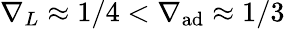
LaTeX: \nabla_{L}\approx 1/4<\nabla_{\mathrm{ad}}\approx 1/3